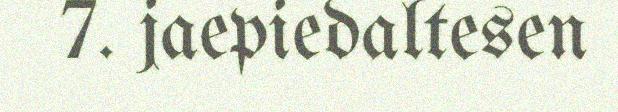
7. jaepiedaltesen